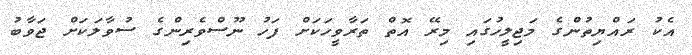
އެކު ރައްޔިތުންގެ މަޖިލީހުގައި މިރޭ އޮތް ތަރާވީހަކަށް ފަހު ނޫސްވެރިންގެ ސުވާލަކަށް ޖަވާބު